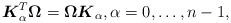
LaTeX: \begin{align*} \boldsymbol{K}_\alpha^T\boldsymbol{\Omega}=\boldsymbol{\Omega} \boldsymbol{K}_\alpha, \alpha=0,\ldots , n-1 ,\end{align*}